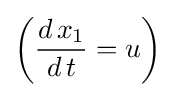
\left({\frac {d\,x_{1}}{d\,t}}=u\right)